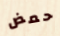
حمض